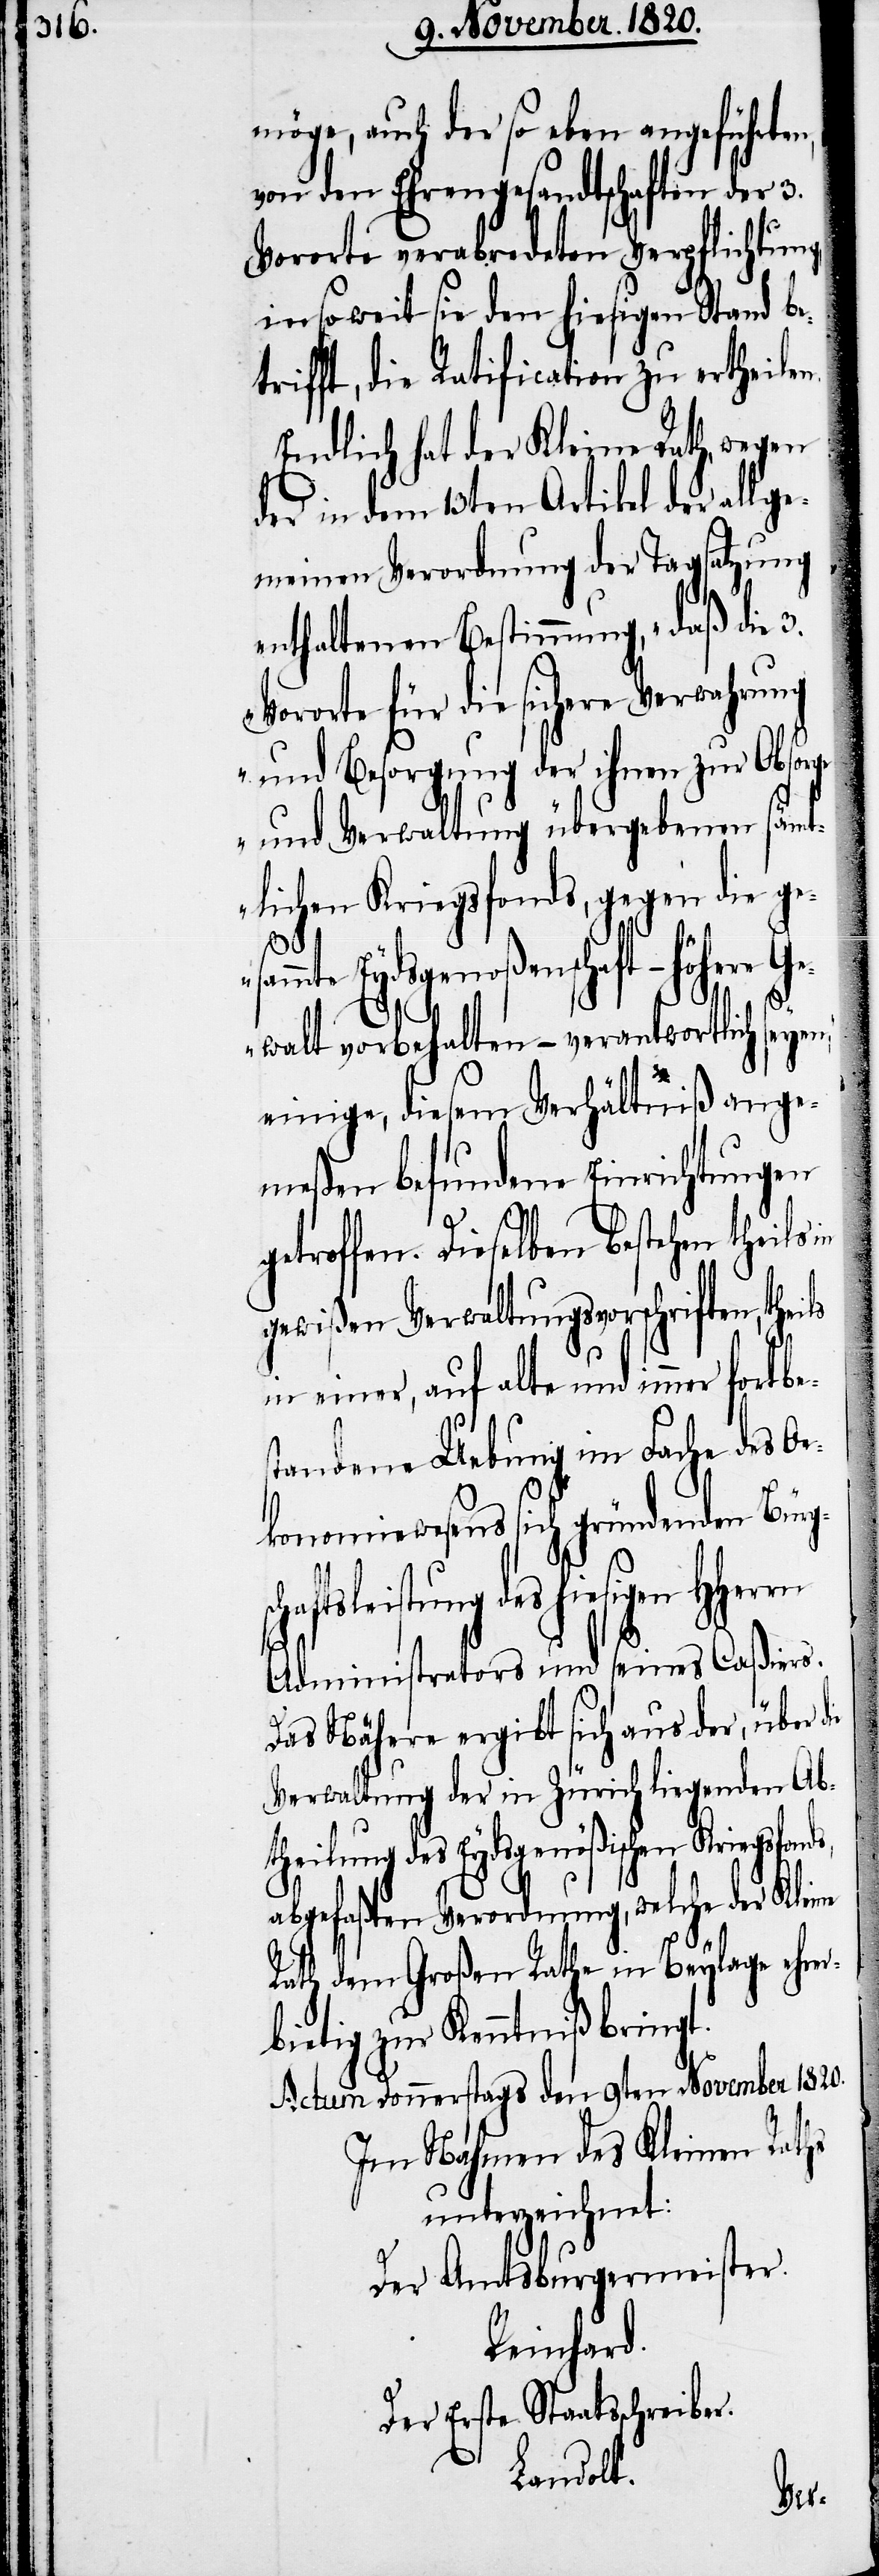
möge, auch der so eben angehörten,
von den Ehrengesandtschaften der 3.
Vororte verabredeten Verpflichtung
in soweit sie den hiesigen Stand be¬
trifft, die Ratification zu ertheile¬
Endlich hat der Kleine Rath, wegen
der in dem 13ten Artikel der allge¬
meinen Verordnung der Tagsatzung
enthaltenen Bestimmung, „daß die 3.
Vororte für die sichere Verwahrung
und Besorgung der ihnen zur Obsorge
und Verwaltung übergebenen sämt¬
lichen Kriegsfonds, gegen die ge¬
sam¬
mte Eydsgenoßenschaft – höhe¬
n“,
Gewalt vorbehalten – verantwortlich seye¬
einige, diesem Verhältniß ange¬
meßen befundene Einrichtungen
n.
getroffen. Dieselben bestehen theils
gewißen Verwaltungsvorschriften, th¬
in einer, auf alte und immer
tandene Uebung im Fache des Oe¬
konomiewesens sich gründenden Bür¬
sleistung des hiesigen
Administrators und seines Caßiers.
Das Nähere ergibt sich aus der, über
Verwaltung der in Zürich liegenden Abt¬
heilung des Eydsgenößischen Kriegs¬
abgefaßten Verordnung, welche der Kleine
Rath dem Großen Rathe in Beylage ehr¬
bietig zur Kenntniß bringt.
Actum Donnerstags den 9ten November 1820.
Im Nahmen des Kleinen Raths
unterzeichnet:
Der Amtsburgermeister.
Reinhard.
Der Erste Staatsschreiber.
Landolt.
er¬